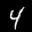
Label: 4